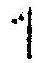
1